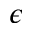
\epsilon